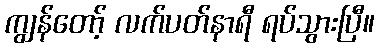
ကျွန်တော့် လက်ပတ်နာရီ ရပ်သွားပြီ။